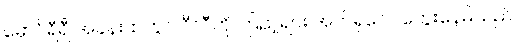
မှောင်ရီရီ အခန်းထဲတွင် ဝီလီကို ကြည့်ရင်း အက်ရှလေ တွေးနေမိသည်။